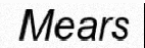
Mears